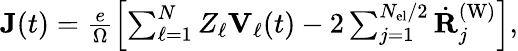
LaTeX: \begin{array}{r}{\mathbf{J}(t)=\frac{e}{\Omega}\left[\sum_{\ell=1}^{N}Z_{\ell}\mathbf{V}_{\ell}(t)-2\sum_{j=1}^{N_{\mathrm{el}}/2}\dot{\mathbf{R}}_{j}^{\mathrm{(W)}}\right],}\end{array}